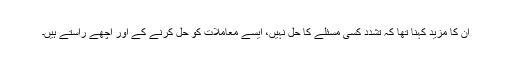
ان کا مزید کہنا تھا کہ تشدد کسی مسئلے کا حل نہیں، ایسے معاملات کو حل کرنے کے اور اچھے راستے ہیں۔